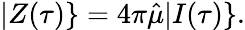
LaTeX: |Z(\tau)\} =4\pi\hat{\mu}|I(\tau)\} .